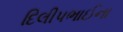
દિલીપભાઈના